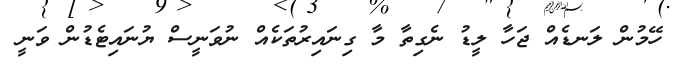
ހޭމުން ލަނޑެއް ޖަހާ ލީޑު ނެގިތާ މާ ގިނައިރުތަކެއް ނުވަނީސް ޔުނައިޓެޑުން ވަނީ